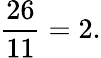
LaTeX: {\frac{26}{11}}=2.